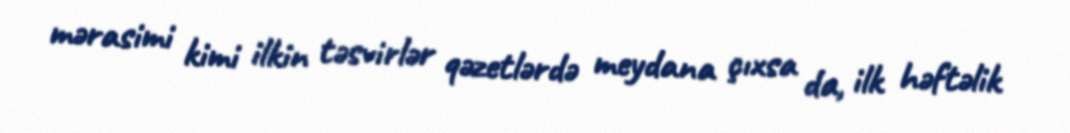
mərasimi kimi ilkin təsvirlər qəzetlərdə meydana çıxsa da, ilk həftəlik